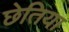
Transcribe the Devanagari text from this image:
छेतिया